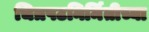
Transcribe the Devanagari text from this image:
चित्रपटनिर्मितीच्या